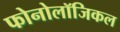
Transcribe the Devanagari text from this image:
फोनोलॉजिकल